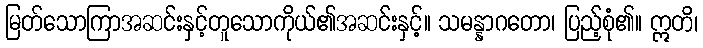
မြတ်သောကြာအဆင်းနှင့်တူသောကိုယ်၏အဆင်းနှင့်။ သမန္နာဂတော၊ ပြည့်စုံ၏။ ဣတိ၊